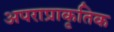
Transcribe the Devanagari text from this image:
अपराप्राकृतिक